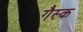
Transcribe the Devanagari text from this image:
गैस्क